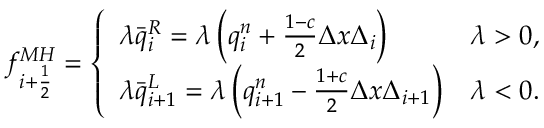
f _ { i + \frac { 1 } { 2 } } ^ { M H } = \left\lbrace \begin{array} { l r } { \lambda \bar { q } _ { i } ^ { R } = \lambda \left( q _ { i } ^ { n } + \frac { 1 - c } { 2 } \Delta x \Delta _ { i } \right) } & { \lambda > 0 , } \\ { \lambda \bar { q } _ { i + 1 } ^ { L } = \lambda \left( q _ { i + 1 } ^ { n } - \frac { 1 + c } { 2 } \Delta x \Delta _ { i + 1 } \right) } & { \lambda < 0 . } \end{array} \right.